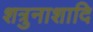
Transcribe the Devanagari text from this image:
शत्रुनाशादि